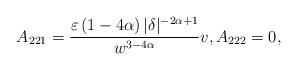
LaTeX: \begin{align*}A_{221}=\frac{\varepsilon \left( 1-4\alpha \right) |\delta|^{-2\alpha+1}}{w^{3-4\alpha}}v,A_{222}=0, \end{align*}